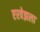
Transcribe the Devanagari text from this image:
एरवेझला